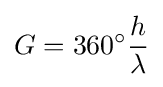
G=360^{\circ }{h \over \lambda }